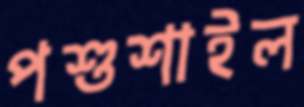
পশুশাইল